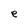
Character: e